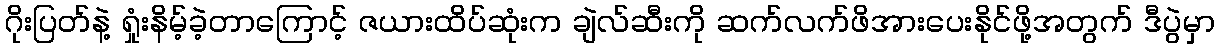
ဂိုးပြတ်နဲ့ ရှုံးနိမ့်ခဲ့တာကြောင့် ဇယားထိပ်ဆုံးက ချဲလ်ဆီးကို ဆက်လက်ဖိအားပေးနိုင်ဖို့အတွက် ဒီပွဲမှာ